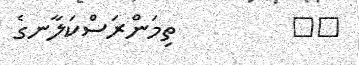
٧٧         ތިމަންރަސްކަލާނގެ